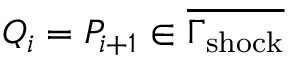
Q _ { i } = P _ { i + 1 } \in \overline { { \Gamma _ { \mathrm { s h o c k } } } }